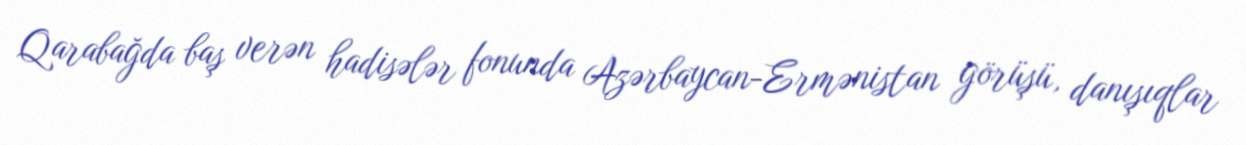
Qarabağda baş verən hadisələr fonunda Azərbaycan-Ermənistan görüşü, danışıqlar